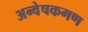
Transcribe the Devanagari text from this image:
अन्वेषकगण